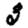
Digit: 3